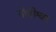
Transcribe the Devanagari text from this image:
गोपीश्वर